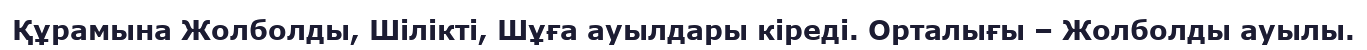
Құрамына Жолболды, Шілікті, Шұға ауылдары кіреді. Орталығы – Жолболды ауылы.